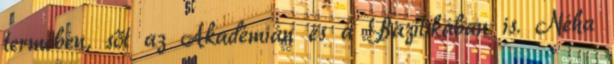
termében, sőt az Akadémián és a Bazilikában is. Néha